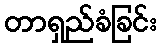
တာရှည်ခံခြင်း